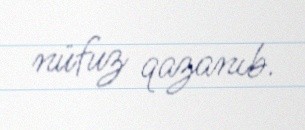
nüfuz qazanıb.